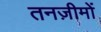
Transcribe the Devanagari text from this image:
तनज़ीमों